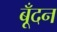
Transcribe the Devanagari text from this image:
बूँदन